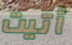
أتيت